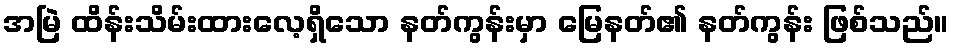
အမြဲ ထိန်းသိမ်းထားလေ့ရှိသော နတ်ကွန်းမှာ မြေနတ်၏ နတ်ကွန်း ဖြစ်သည်။